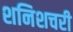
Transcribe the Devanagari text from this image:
शनिशचरी